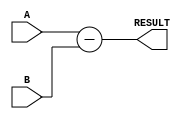
module Subtractor(
    input wire [7:0] A,
    input wire [7:0] B,
    output reg [7:0] RESULT
);

always @(*) begin
    RESULT = A - B;
end

endmodule